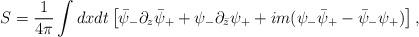
LaTeX: \begin{align*}S = {1 \over 4\pi} \int dx dt \left[ \bar\psi_- \partial_z \bar\psi_+ +\psi_-\partial_{\bar z} \psi_+ + im (\psi_-\bar\psi_+- \bar\psi_-\psi_+)\right] ,\end{align*}